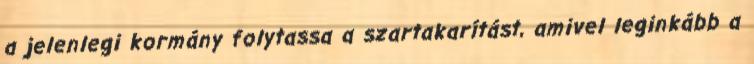
a jelenlegi kormány folytassa a szartakarítást, amivel leginkább a